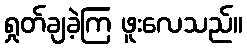
ရှုတ်ချခဲ့ကြ ဖူးလေသည်။